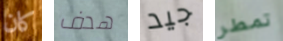
كان هدف جيد تمطر